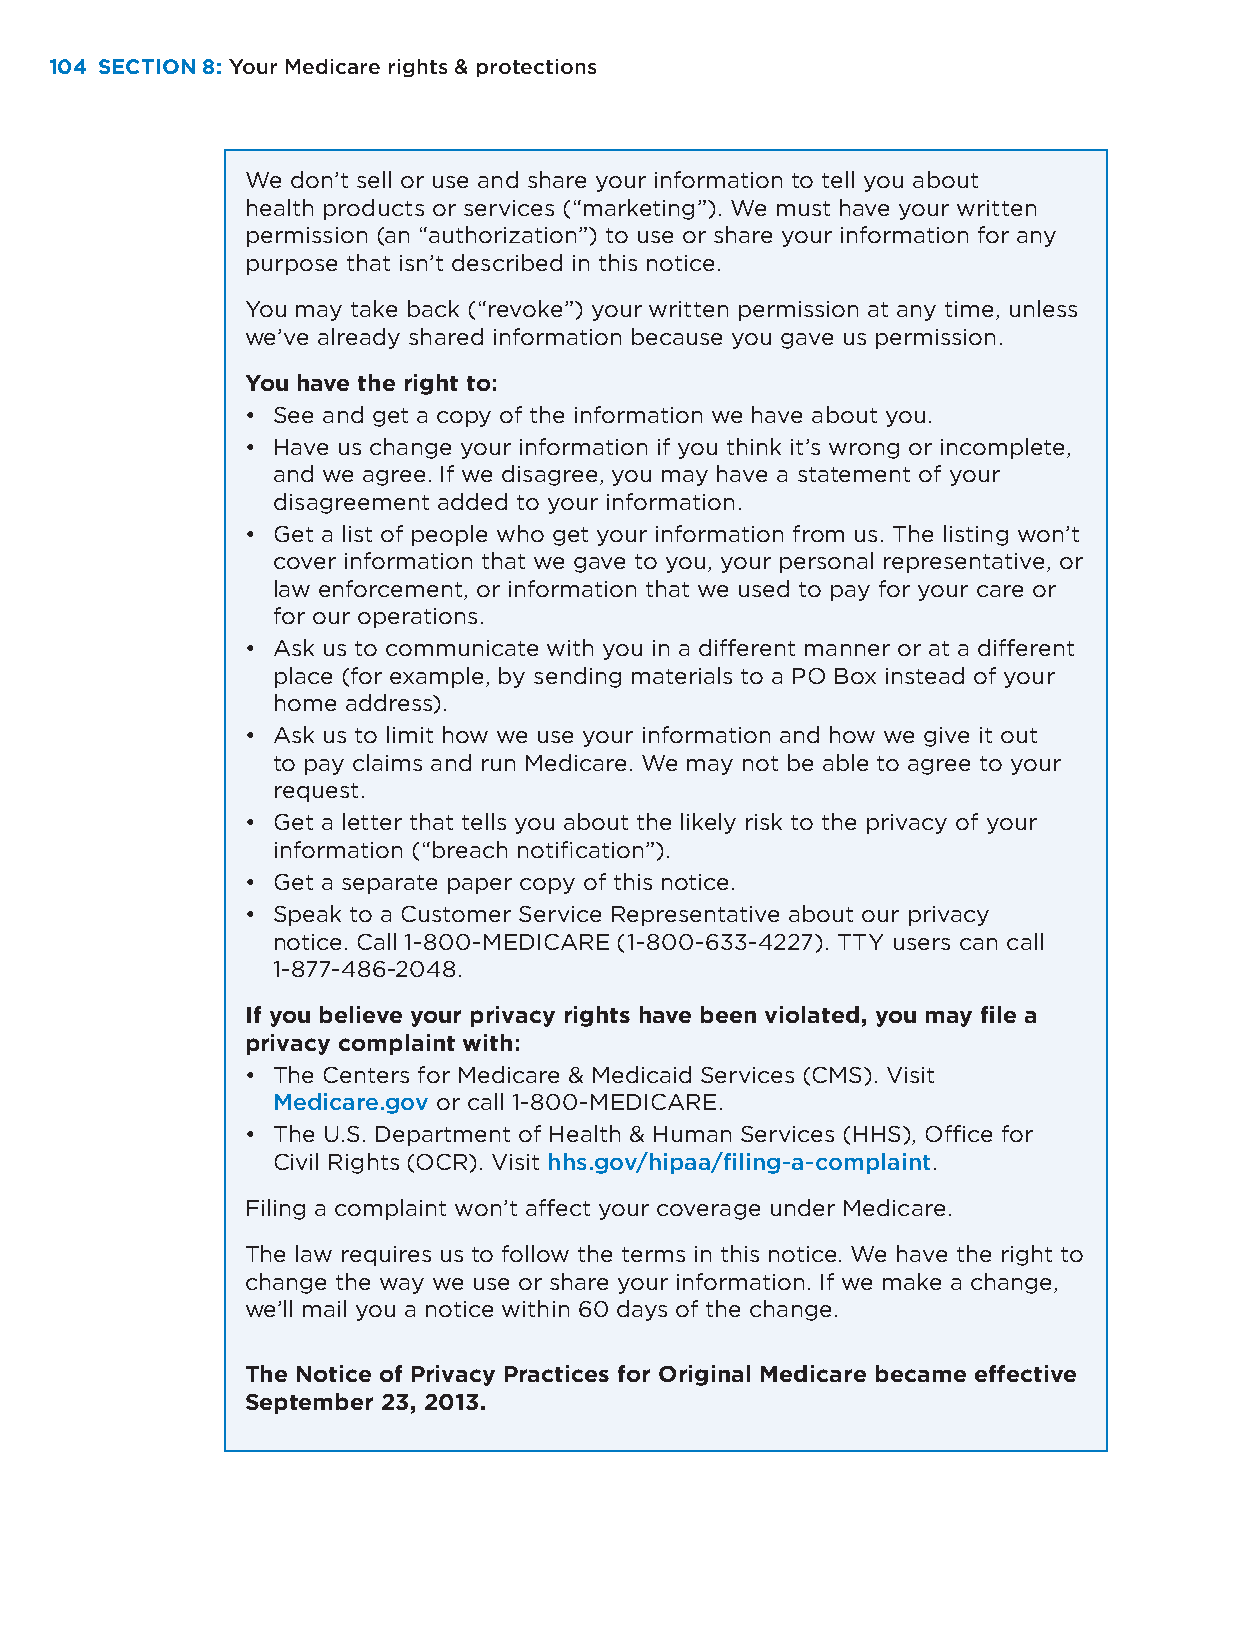
104 SECTION 8: Your Medicare rights & protections
 We don’t sell or use and share your information to tell you about
 health products or services (“marketing”). We must have your written
 permission (an “authorization”) to use or share your information for any
 purpose that isn’t described in this notice.
 You may take back (“revoke”) your written permission at any time, unless
 we’ve already shared information because you gave us permission.
 You have the right to:
 • See and get a copy of the information we have about you.
 • Have us change your information if you think it’s wrong or incomplete,
 and we agree. If we disagree, you may have a statement of your
 disagreement added to your information.
 • Get a list of people who get your information from us. The listing won’t
 cover information that we gave to you, your personal representative, or
 law enforcement, or information that we used to pay for your care or
 for our operations.
 • Ask us to communicate with you in a different manner or at a different
 place (for example, by sending materials to a PO Box instead of your
 home address).
 • Ask us to limit how we use your information and how we give it out
 to pay claims and run Medicare. We may not be able to agree to your
 request.
 • Get a letter that tells you about the likely risk to the privacy of your
 information (“breach notification”).
 • Get a separate paper copy of this notice.
 • Speak to a Customer Service Representative about our privacy
 notice. Call 1-800-MEDICARE (1-800-633-4227). TTY users can call
 1-877-486-2048.
 If you believe your privacy rights have been violated, you may file a
 privacy complaint with:
 • The Centers for Medicare & Medicaid Services (CMS). Visit
 Medicare.gov or call 1-800-MEDICARE.
 • The U.S. Department of Health & Human Services (HHS), Office for
 Civil Rights (OCR). Visit hhs.gov/hipaa/filing-a-complaint.
 Filing a complaint won’t affect your coverage under Medicare.
 The law requires us to follow the terms in this notice. We have the right to
 change the way we use or share your information. If we make a change,
 we’ll mail you a notice within 60 days of the change.
 The Notice of Privacy Practices for Original Medicare became effective
 September 23, 2013.